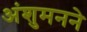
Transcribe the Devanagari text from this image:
अंशुमनने